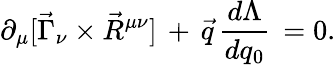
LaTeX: \partial_{\mu}[\vec{\Gamma}_{\nu}\times\vec{R}^{\mu\nu}]\, +\, \vec{q}\, \frac{d\Lambda}{dq_{0}}\, =0.